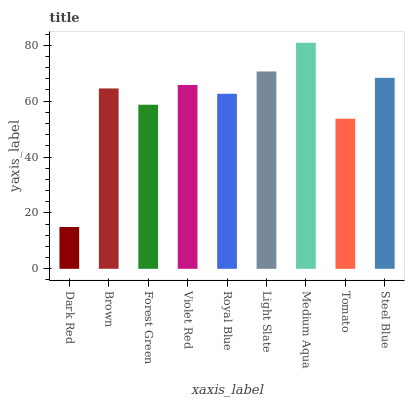
| xaxis_label | bars |
 | --- | --- |
 | Dark Red | 15 |
 | Brown | 64.5 |
 | Forest Green | 58.7 |
 | Violet Red | 65.8 |
 | Royal Blue | 62.6 |
 | Light Slate | 70.6 |
 | Medium Aqua | 80.9 |
 | Tomato | 53.7 |
 | Steel Blue | 68.3 |